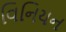
વિનિયન